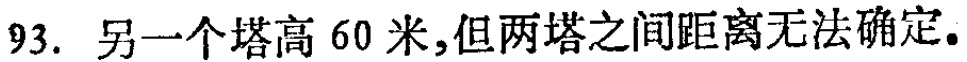
93. 另一个塔高 60 米,但两塔之间距离无法确定。